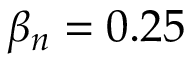
\beta _ { n } = 0 . 2 5